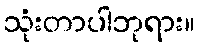
သုံးတာပါဘုရား။